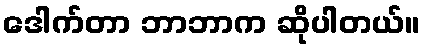
ဒေါက်တာ ဘာဘာက ဆိုပါတယ်။